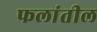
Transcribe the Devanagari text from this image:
फलांतील